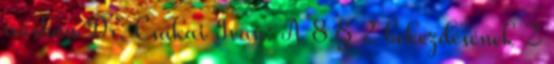
írásban Dr. Csákai Iván: A 8.§ 2 bekezdésének 2